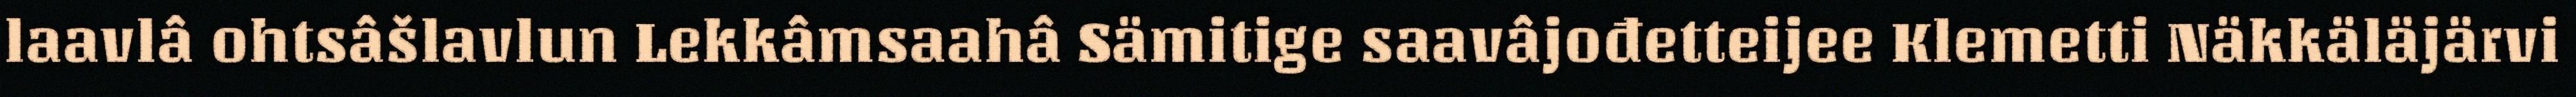
laavlâ ohtsâšlavlun Lekkâmsaahâ Sämitige saavâjođetteijee Klemetti Näkkäläjärvi